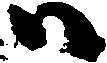
ハ